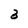
Character: 3